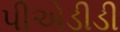
પીએડીડી